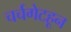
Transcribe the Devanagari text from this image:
चर्चगेटहून